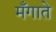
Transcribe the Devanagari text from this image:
मँगाते